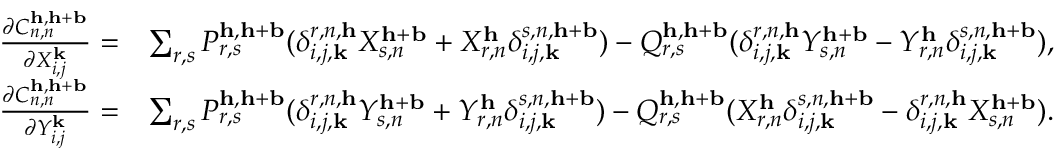
\begin{array} { r l } { \frac { \partial C _ { n , n } ^ { \mathbf { h } , \mathbf { h } + \mathbf { b } } } { \partial X _ { i , j } ^ { \mathbf { k } } } = } & { \sum _ { r , s } P _ { r , s } ^ { \mathbf { h } , \mathbf { h } + \mathbf { b } } ( \delta _ { i , j , \mathbf { k } } ^ { r , n , \mathbf { h } } X _ { s , n } ^ { \mathbf { h } + \mathbf { b } } + X _ { r , n } ^ { \mathbf { h } } \delta _ { i , j , \mathbf { k } } ^ { s , n , \mathbf { h } + \mathbf { b } } ) - Q _ { r , s } ^ { \mathbf { h } , \mathbf { h } + \mathbf { b } } ( \delta _ { i , j , \mathbf { k } } ^ { r , n , \mathbf { h } } Y _ { s , n } ^ { \mathbf { h } + \mathbf { b } } - Y _ { r , n } ^ { \mathbf { h } } \delta _ { i , j , \mathbf { k } } ^ { s , n , \mathbf { h } + \mathbf { b } } ) , } \\ { \frac { \partial C _ { n , n } ^ { \mathbf { h } , \mathbf { h } + \mathbf { b } } } { \partial Y _ { i , j } ^ { \mathbf { k } } } = } & { \sum _ { r , s } P _ { r , s } ^ { \mathbf { h } , \mathbf { h } + \mathbf { b } } ( \delta _ { i , j , \mathbf { k } } ^ { r , n , \mathbf { h } } Y _ { s , n } ^ { \mathbf { h } + \mathbf { b } } + Y _ { r , n } ^ { \mathbf { h } } \delta _ { i , j , \mathbf { k } } ^ { s , n , \mathbf { h } + \mathbf { b } } ) - Q _ { r , s } ^ { \mathbf { h } , \mathbf { h } + \mathbf { b } } ( X _ { r , n } ^ { \mathbf { h } } \delta _ { i , j , \mathbf { k } } ^ { s , n , \mathbf { h } + \mathbf { b } } - \delta _ { i , j , \mathbf { k } } ^ { r , n , \mathbf { h } } X _ { s , n } ^ { \mathbf { h } + \mathbf { b } } ) . } \end{array}